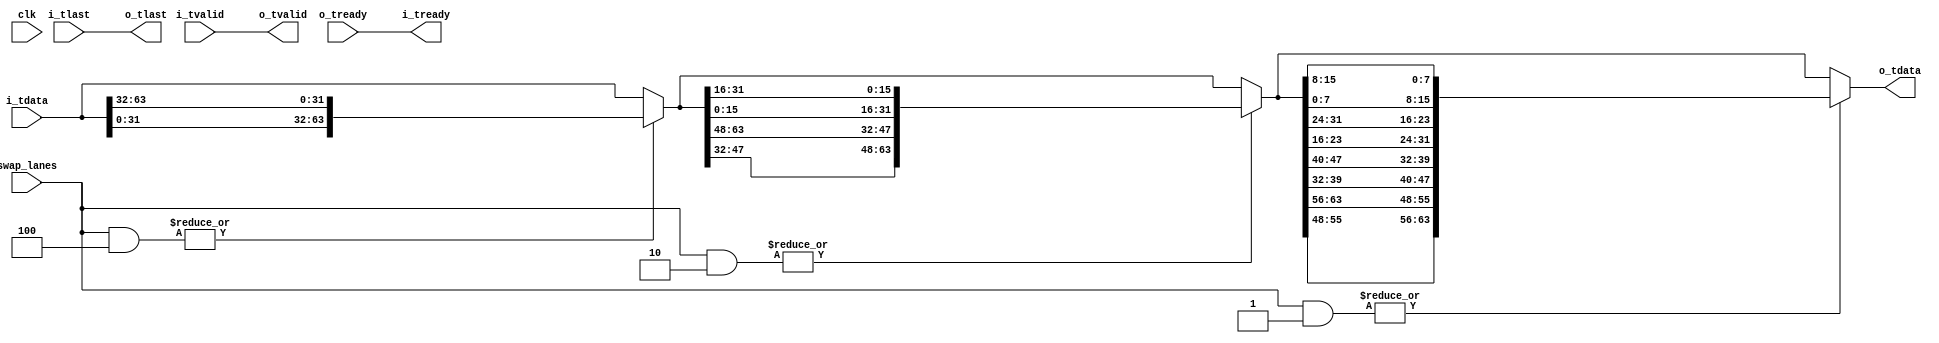
//
// Copyright 2013 Ettus Research LLC
// Copyright 2018 Ettus Research, a National Instruments Company
//
// SPDX-License-Identifier: LGPL-3.0-or-later
//

module data_swapper_64 (
   input  wire         clk,
   input  wire [2:0]   swap_lanes,

   input  wire [63:0]  i_tdata,
   input  wire         i_tlast,
   input  wire         i_tvalid,
   output wire         i_tready,
   output wire [63:0]  o_tdata,
   output wire         o_tlast,
   output wire         o_tvalid,
   input  wire         o_tready
);
   localparam SWAP_32B = 3'b100;
   localparam SWAP_16B = 3'b010;
   localparam SWAP_8B  = 3'b001;

   wire [63:0] data_p1, data_p2;

   assign data_p1 = (|(swap_lanes & SWAP_32B)) ? { i_tdata[31:0], i_tdata[63:32] } : i_tdata;
   assign data_p2 = (|(swap_lanes & SWAP_16B)) ? { data_p1[47:32], data_p1[63:48], data_p1[15:0],  data_p1[31:16] } : data_p1;
   assign o_tdata = (|(swap_lanes & SWAP_8B))  ? { data_p2[55:48], data_p2[63:56], data_p2[39:32], data_p2[47:40], 
                                                   data_p2[23:16], data_p2[31:24], data_p2[7:0],   data_p2[15:8]  } : data_p2;

   assign i_tready = o_tready;
   assign o_tvalid = i_tvalid;
   assign o_tlast  = i_tlast;

endmodule // data_swapper_64